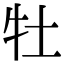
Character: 牡